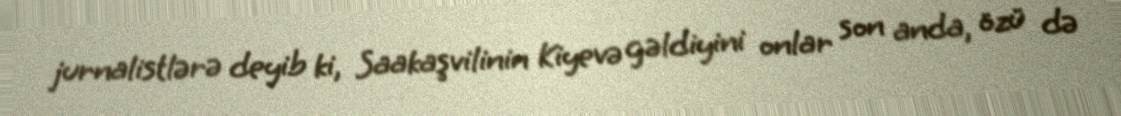
jurnalistlərə deyib ki, Saakaşvilinin Kiyevə gəldiyini onlar son anda, özü də